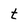
Character: t